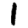
Digit: 1